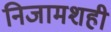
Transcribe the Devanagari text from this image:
निजामशही